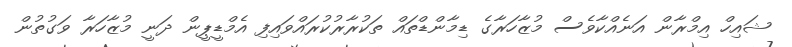
ޝައިހް އިމްރާން އަނެއްކާވެސް މުޒާހަރާގެ ޑިމާންޑްތައް ތަކުރާރުކުރައްވައިފި އެމްޑީޕީން ދަނީ މުޒާހަރާ ވަގުތުން